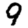
Digit: 9